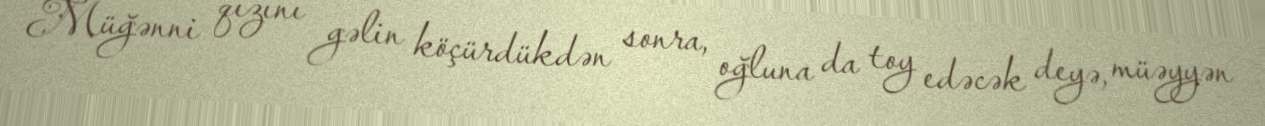
Müğənni qızını gəlin köçürdükdən sonra, oğluna da toy edəcək deyə, müəyyən